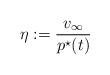
LaTeX: \begin{align*}\eta:= \frac{v_{\infty}}{p^\star(t)}\end{align*}